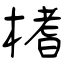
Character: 榰